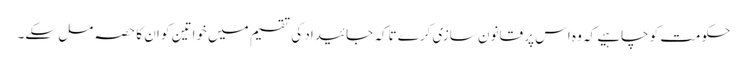
حکومت کو چاہیے کہ وہ اس پر قانون سازی کرے تاکہ جائیداد کی تقسیم میں خواتین کو ان کا حصہ مل سکے۔